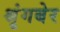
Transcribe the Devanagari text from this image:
श्रृंगबेर